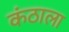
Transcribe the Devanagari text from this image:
कंठाला